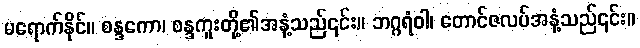
မရောက်နိုင်။ စန္ဒကော၊ စန္ဒကူးတို့၏အနံ့သည်၎င်း။ ဘဂ္ဂရံဝါ၊ တောင်ဇလပ်အနံ့သည်၎င်း။